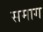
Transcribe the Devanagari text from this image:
समाग